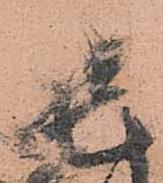
毛